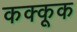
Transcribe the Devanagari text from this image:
कक्कूक